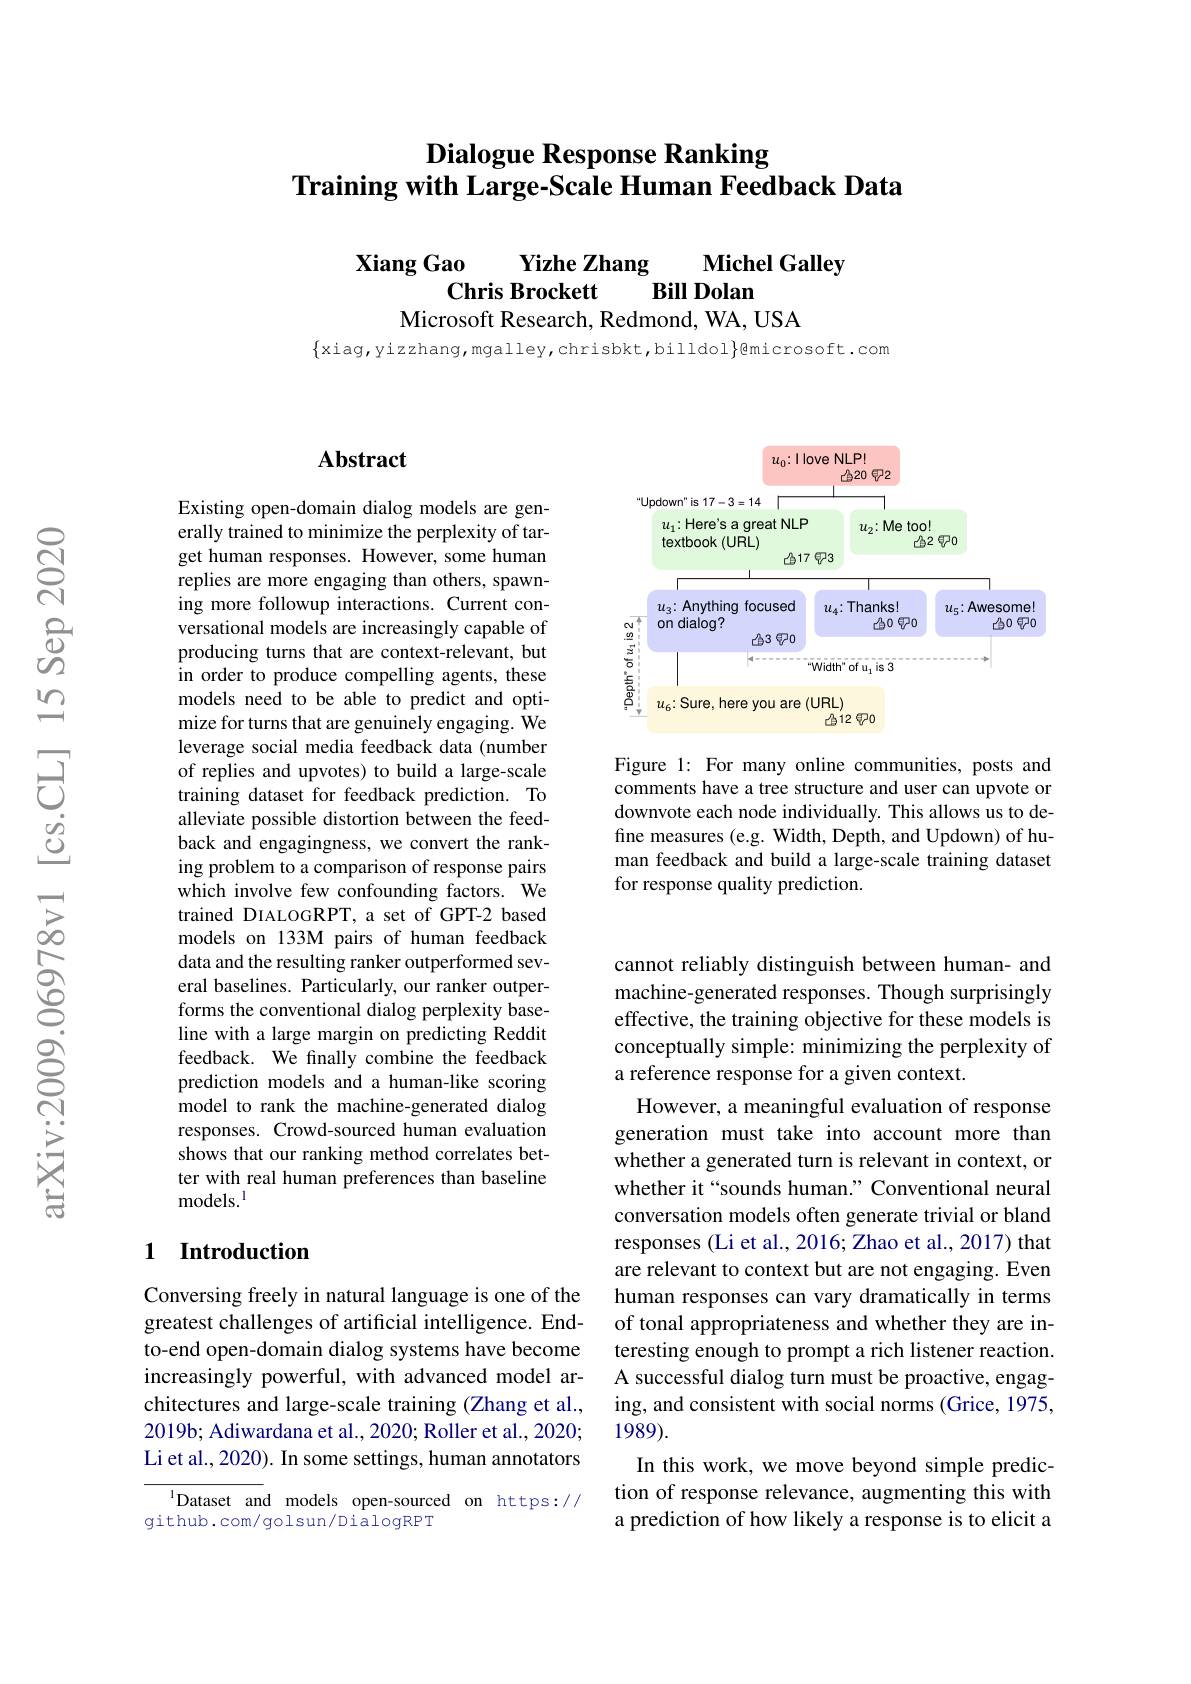
# Dialogue Response Ranking Training with Large-Scale Human Feedback Data

$\begin{array}{c}\mathrm{Yizhe~Zhang}&\mathrm{Michel~Galley}\\\mathrm{Chris~Brockett}&\mathrm{Bill~Dolan}\\\mathrm{Microsoft~Research,~Redmond,~WA,~USA}\end{array}$

$\{$xiag,yizzhang,mgalley,chrisbkt,billdol$\}$@microsoft.com

### $\mathbf{Abstract}$

Existing open-domain dialog models are generally trained to minimize the perplexity of target human responses. However, some human replies are more engaging than others, spawning more followup interactions. Current conversational models are increasingly capable of producing turns that are context-relevant, but in order to produce compelling agents, these models need to be able to predict and optimize for turns that are genuinely engaging. We leverage social media feedback data (number of replies and upvotes) to build a large-scale training dataset for feedback prediction. To alleviate possible distortion between the feedback and engagingness, we convert the ranking problem to a comparison of response pairs which involve few confounding factors. We trained DIALOGRPT, a set of GPT-2 based models on 133M pairs of human feedback data and the resulting ranker outperformed several baselines. Particularly, our ranker outperforms the conventional dialog perplexity baseline with a large margin on predicting Reddit feedback. We finally combine the feedback prediction models and a human-like scoring model to rank the machine-generated dialog responses. Crowd-sourced human evaluation shows that our ranking method correlates better with real human preferences than baseline models.$^{1}$

### 1 Introduction

Conversing freely in natural language is one of the greatest challenges of artificial intelligence. Endto-end open-domain dialog systems have become increasingly powerful, with advanced model architectures and large-scale training (Zhang et al., 2019b; Adiwardana et al., 2020; Roller et al., 2020; Li et al., 2020). In some settings, human annotators

$^{1}$Dataset and models open-sourced on https://
github.com/golsun/DialogRPT

<FigureHere>

Figure 1: For many online communities, posts and comments have a tree structure and user can upvote or downvote each node individually. This allows us to define measures (e.g. Width, Depth, and Updown) of human feedback and build a large-scale training dataset for response quality prediction.

cannot reliably distinguish between human- and machine-generated responses. Though surprisingly effective, the training objective for these models is conceptually simple: minimizing the perplexity of a reference response for a given context.
However, a meaningful evaluation of response generation must take into account more than whether a generated turn is relevant in context, or whether it“sounds human.” Conventional neural conversation models often generate trivial or bland responses (Li et al., 2016; Zhao et al., 2017) that are relevant to context but are not engaging. Even human responses can vary dramatically in terms of tonal appropriateness and whether they are interesting enough to prompt a rich listener reaction. A successful dialog turn must be proactive, engaging, and consistent with social norms (Grice, 1975, 1989).
In this work, we move beyond simple prediction of response relevance, augmenting this with a prediction of how likely a response is to elicit a